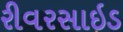
રીવરસાઇડ